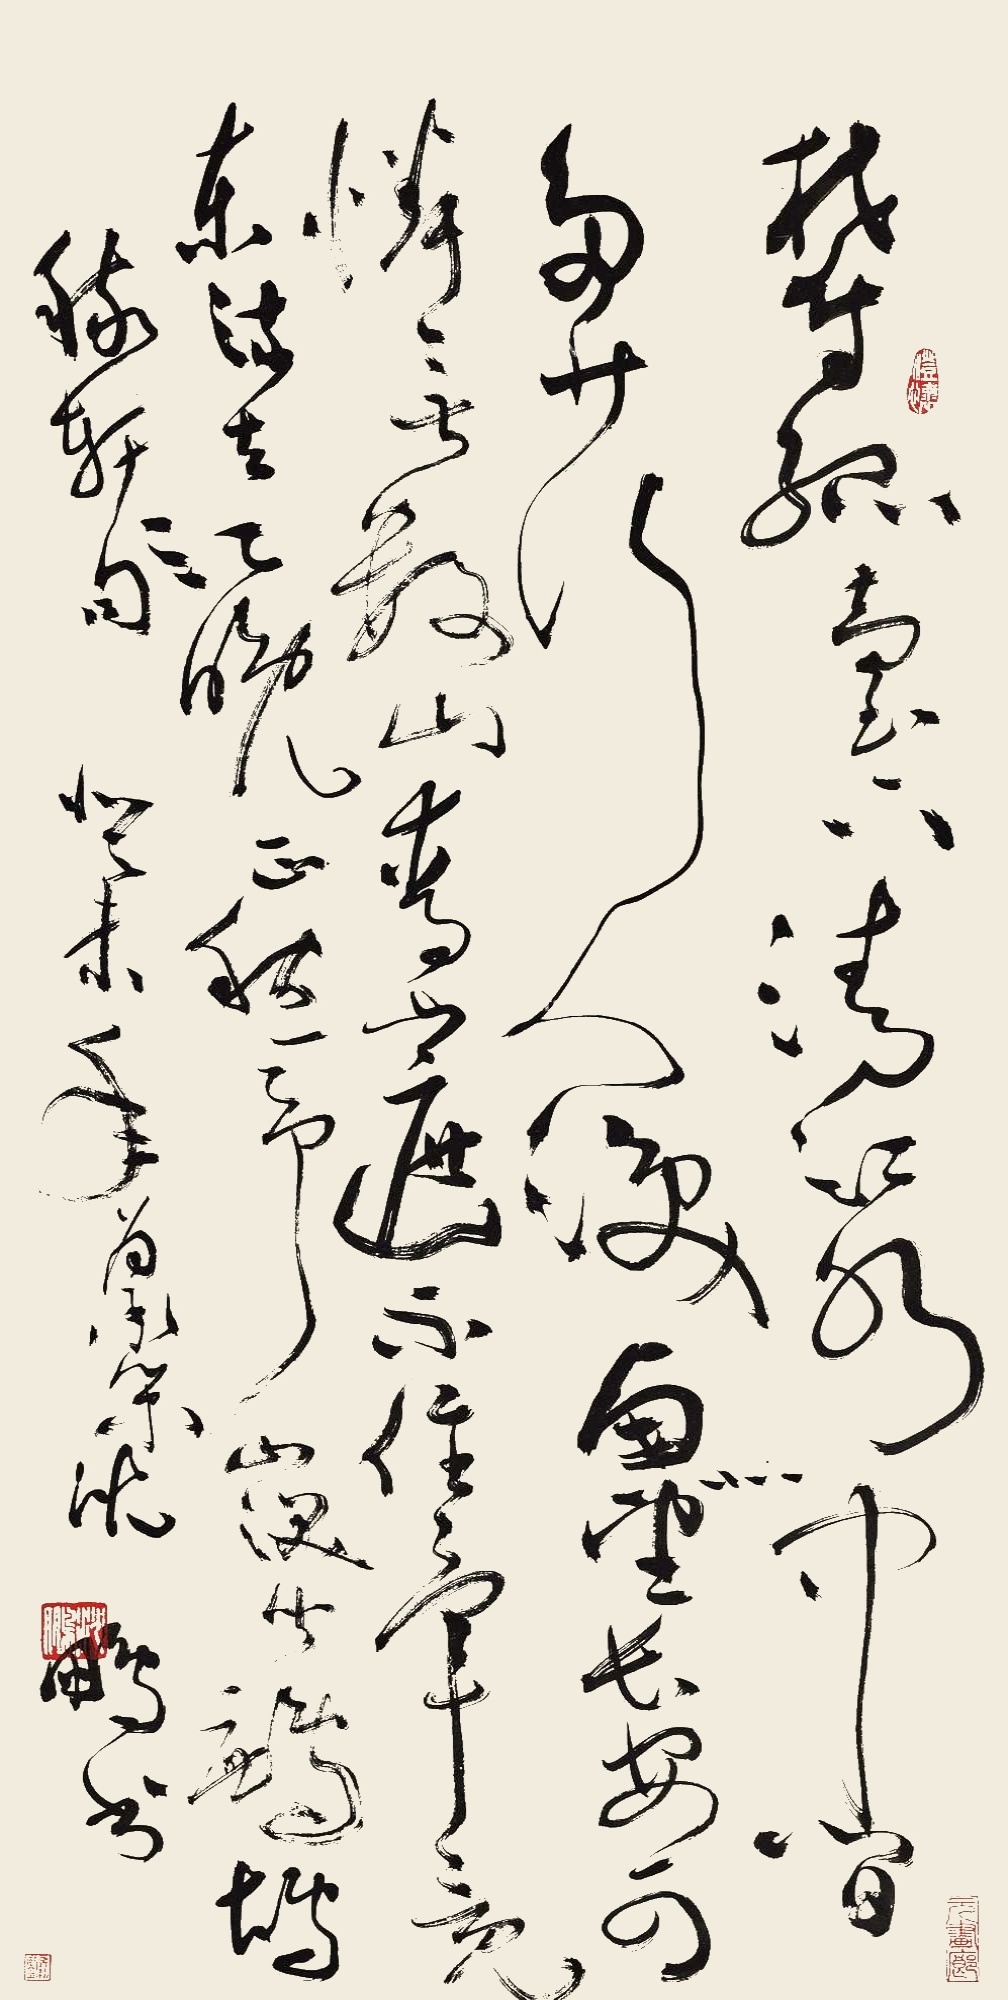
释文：郁孤台下清江水，中间多少行人泪。西北望长安，可怜无数山。青山遮不住，毕竟东流去。江晚正愁余，山深闻鹧鸪。稼轩句，癸未年为承策。沈鹏书。